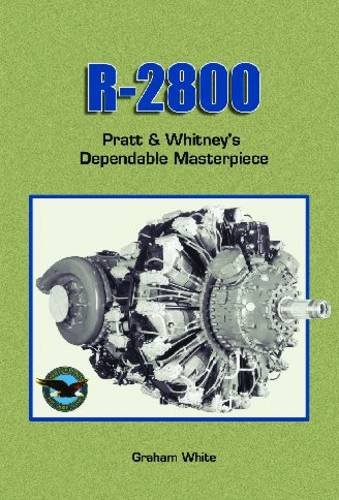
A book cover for R 2800: Pratt & Whitney's Dependable Masterpiece [R-241]; Graham White; Engineering & Transportation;